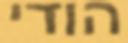
הודי